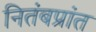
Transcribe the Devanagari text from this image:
नितंबप्रांत